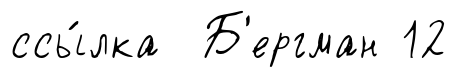
ссы́лка Б'ергман 12